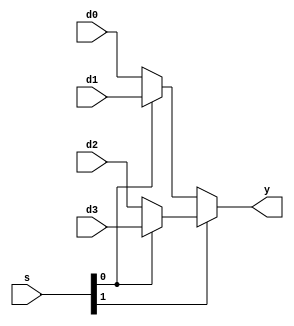
module mux4 (
	d0,
	d1,
    d2,
    d3,
	s,
	y
);
	parameter WIDTH = 8;
    input wire [WIDTH - 1:0] d0;
    input wire [WIDTH - 1:0] d1;
    input wire [WIDTH - 1:0] d2;
    input wire [WIDTH - 1:0] d3;
    input wire [1:0] s;
    output wire [WIDTH - 1:0] y;
    //00 01 10 11
    //11 PERECTO
    assign y = (s[1] ? (s[0] ? d3 : d2) : (s[0] ? d1 : d0));
endmodule